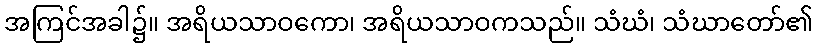
အကြင်အခါ၌။ အရိယသာဝကော၊ အရိယသာဝကသည်။ သံဃံ၊ သံဃာတော်၏